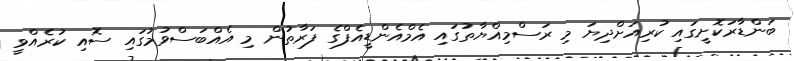
ބަންޑާރަކޮށީގައި ކުރިއަށްދިޔަ މި ރަސްމިއްޔާތުގައި އެމްއެންޑީއެފްގެ ފަރާތުން މި އެއްބަސްވުމުގައި ސޮއި ކުރެއްވީ